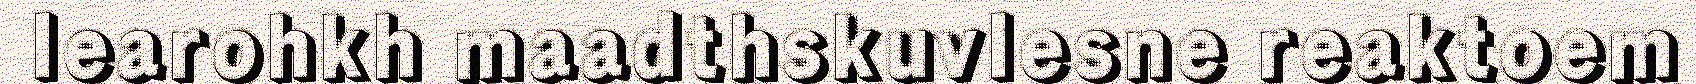
learohkh maadthskuvlesne reaktoem